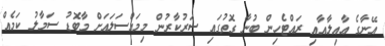
އޭނާގެ ޢާއިލާއާއި ރައްޓެހިން ބުނާ ގޮތުގައި ސަރުކާރުން މިމައްސަލައަށް މާބޮޑު ސަމާލު ކަމެއް